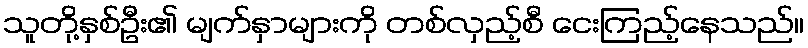
သူတို့နှစ်ဦး၏ မျက်နှာများကို တစ်လှည့်စီ ငေးကြည့်နေသည်။